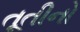
તૂતીનો